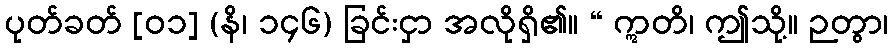
ပုတ်ခတ် [၀၁] (နိ၊ ၁၄၆) ခြင်းငှာ အလိုရှိ၏။ “ ဣတိ၊ ဤသို့။ ဉတွာ၊